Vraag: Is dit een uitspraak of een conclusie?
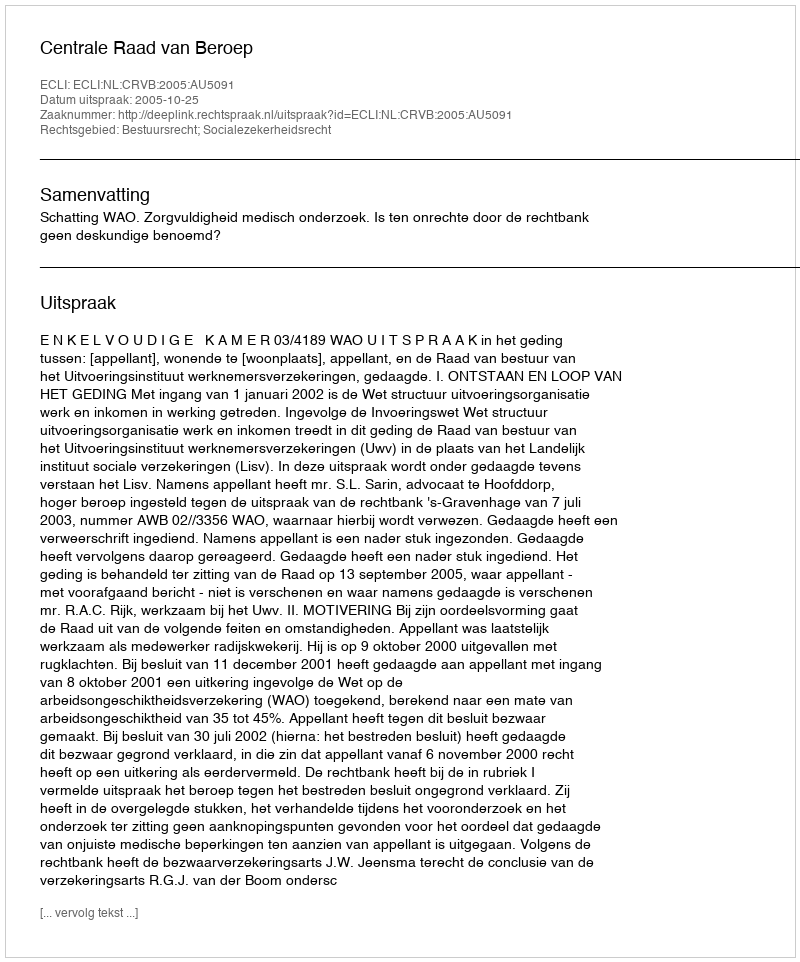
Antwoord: Uitspraak